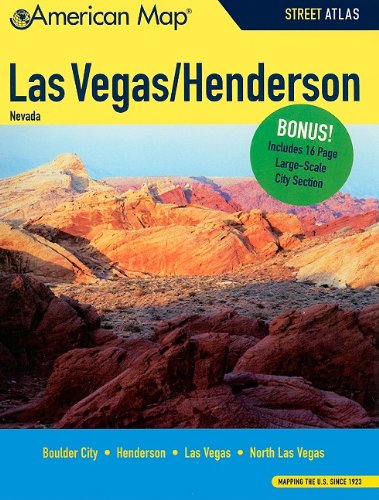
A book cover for Las Vegas/Henderson NV Atlas (American Map); American Map; Travel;